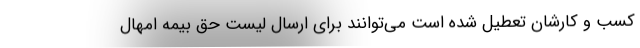
کسب و کارشان تعطیل شده است می‌توانند برای ارسال لیست حق بیمه امهال